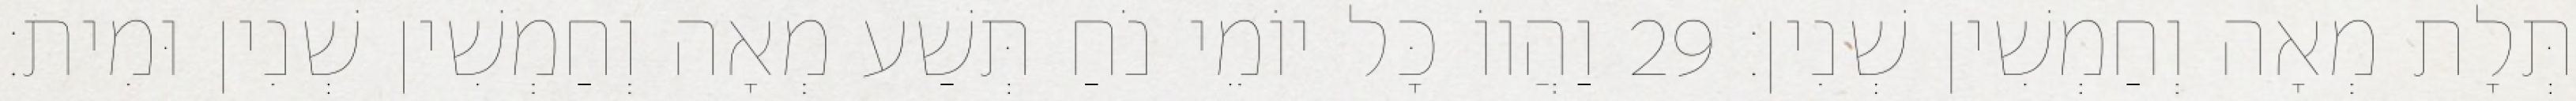
תְּלָת מְאָה וְחַמְשִׁין שְׁנִין׃ 29 וַהֲווֹ כָּל יוֹמֵי נֹחַ תְּשַׁע מְאָה וְחַמְשִׁין שְׁנִין וּמִית׃